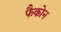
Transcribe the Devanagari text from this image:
फैकोन